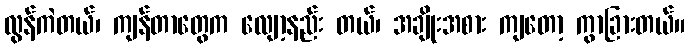
လွန်ကဲတယ်၊ ကျန်တာတွေက လျော့နည်း တယ်၊ အချိုးအစား ကျတော့ ကွာခြားတယ်။